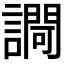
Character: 𧬱